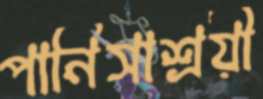
পানিসাশ্রয়ী